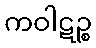
ကဝါဋဉ္စ